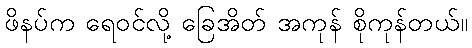
ဖိနပ်က ရေဝင်လို့ ခြေအိတ် အကုန် စိုကုန်တယ်။